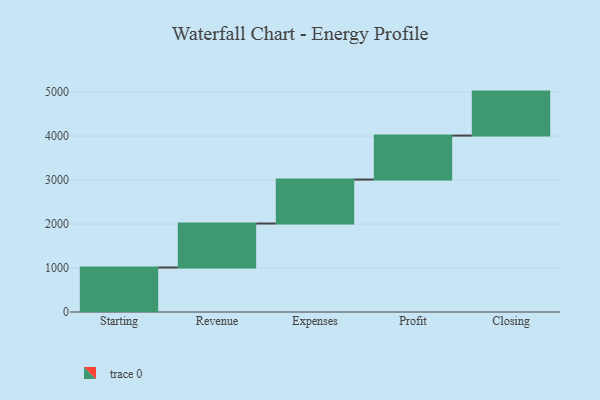
{"axis": {"x": "Step", "y": "Value"}, "legend": [""], "data": [{"x": "Starting", "y": 1012.0, "type": ""}, {"x": "Revenue", "y": 1000, "type": ""}, {"x": "Expenses", "y": 1000, "type": ""}, {"x": "Profit", "y": 1000, "type": ""}, {"x": "Closing", "y": 1000, "type": ""}]}